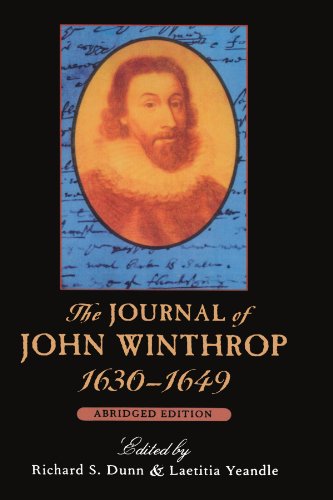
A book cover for The Journal of John Winthrop, 1630-1649: Abridged Edition (The John Harvard Library); John Winthrop; Biographies & Memoirs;